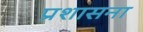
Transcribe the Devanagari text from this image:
प्रशासना